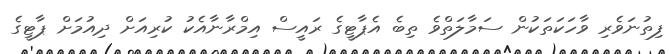
ފިތުނަވެރި ވާހަކަތަކުން ސަމާލަތްވެ ތިބެ އެޕާޓީގެ ރައީސް އިމްރާނާއެކު ކުރިއަށް ދިއުމަށް ޕާޓީގެ